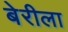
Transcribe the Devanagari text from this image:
बेरीला